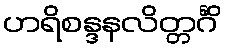
ဟရိစန္ဒနလိတ္တင်္ဂိံ